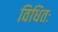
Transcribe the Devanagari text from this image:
विधितः